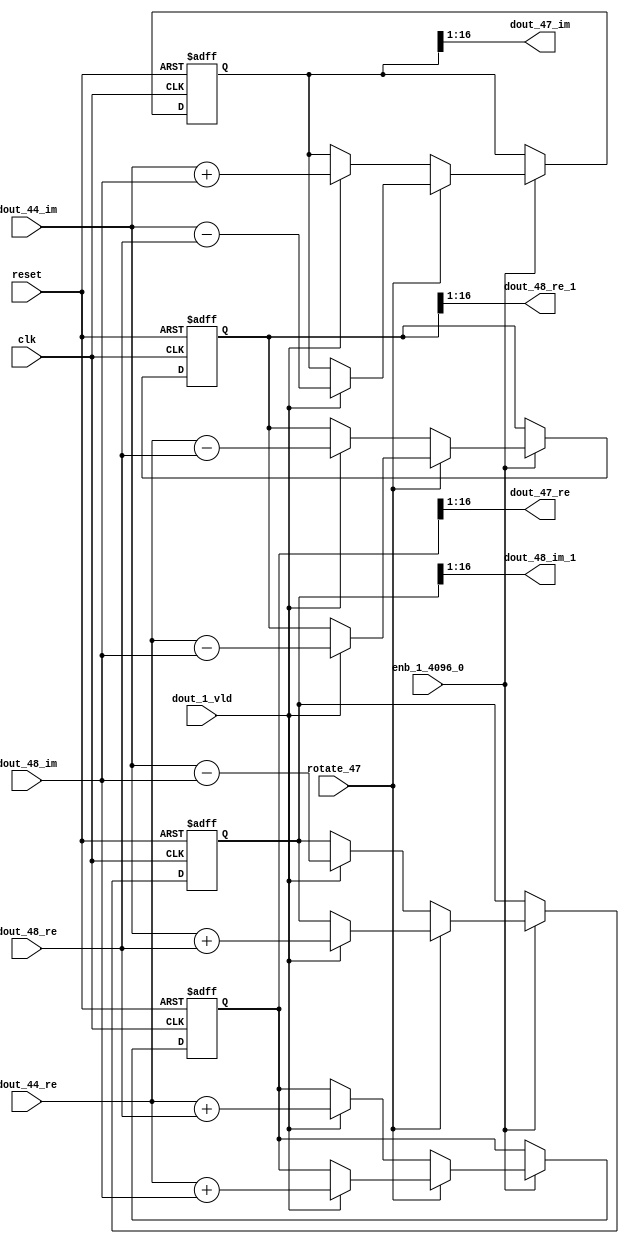
// -------------------------------------------------------------
// 
// 
// Generated by MATLAB 9.14 and HDL Coder 4.1
// 
// -------------------------------------------------------------


// -------------------------------------------------------------
// 
// Module: RADIX22FFT_SDNF2_6_block22
// Source Path: dsphdl.IFFT/RADIX22FFT_SDNF2_6
// Hierarchy Level: 4
// 
// -------------------------------------------------------------

`timescale 1 ns / 1 ns

module RADIX22FFT_SDNF2_6_block22
          (clk,
           reset,
           enb_1_4096_0,
           rotate_47,
           dout_44_re,
           dout_44_im,
           dout_48_re,
           dout_48_im,
           dout_1_vld,
           dout_47_re,
           dout_47_im,
           dout_48_re_1,
           dout_48_im_1);


  input   clk;
  input   reset;
  input   enb_1_4096_0;
  input   rotate_47;  // ufix1
  input   signed [15:0] dout_44_re;  // sfix16_En14
  input   signed [15:0] dout_44_im;  // sfix16_En14
  input   signed [15:0] dout_48_re;  // sfix16_En14
  input   signed [15:0] dout_48_im;  // sfix16_En14
  input   dout_1_vld;
  output  signed [15:0] dout_47_re;  // sfix16_En14
  output  signed [15:0] dout_47_im;  // sfix16_En14
  output  signed [15:0] dout_48_re_1;  // sfix16_En14
  output  signed [15:0] dout_48_im_1;  // sfix16_En14


  reg  Radix22ButterflyG2_NF_din_vld_dly;
  reg signed [16:0] Radix22ButterflyG2_NF_btf1_re_reg;  // sfix17
  reg signed [16:0] Radix22ButterflyG2_NF_btf1_im_reg;  // sfix17
  reg signed [16:0] Radix22ButterflyG2_NF_btf2_re_reg;  // sfix17
  reg signed [16:0] Radix22ButterflyG2_NF_btf2_im_reg;  // sfix17
  reg  Radix22ButterflyG2_NF_din_vld_dly_next;
  reg signed [16:0] Radix22ButterflyG2_NF_btf1_re_reg_next;  // sfix17_En14
  reg signed [16:0] Radix22ButterflyG2_NF_btf1_im_reg_next;  // sfix17_En14
  reg signed [16:0] Radix22ButterflyG2_NF_btf2_re_reg_next;  // sfix17_En14
  reg signed [16:0] Radix22ButterflyG2_NF_btf2_im_reg_next;  // sfix17_En14
  reg signed [15:0] dout_47_re_1;  // sfix16_En14
  reg signed [15:0] dout_47_im_1;  // sfix16_En14
  reg signed [15:0] dout_48_re_2;  // sfix16_En14
  reg signed [15:0] dout_48_im_2;  // sfix16_En14
  reg  dout_6_vld;
  reg signed [16:0] Radix22ButterflyG2_NF_add_cast;  // sfix17_En14
  reg signed [16:0] Radix22ButterflyG2_NF_add_cast_0;  // sfix17_En14
  reg signed [16:0] Radix22ButterflyG2_NF_add_cast_1;  // sfix17_En14
  reg signed [16:0] Radix22ButterflyG2_NF_add_cast_2;  // sfix17_En14
  reg signed [16:0] Radix22ButterflyG2_NF_sub_cast;  // sfix17_En14
  reg signed [16:0] Radix22ButterflyG2_NF_sub_cast_0;  // sfix17_En14
  reg signed [16:0] Radix22ButterflyG2_NF_sub_cast_1;  // sfix17_En14
  reg signed [16:0] Radix22ButterflyG2_NF_sub_cast_2;  // sfix17_En14
  reg signed [16:0] Radix22ButterflyG2_NF_sra_temp;  // sfix17_En14
  reg signed [16:0] Radix22ButterflyG2_NF_add_cast_3;  // sfix17_En14
  reg signed [16:0] Radix22ButterflyG2_NF_add_cast_4;  // sfix17_En14
  reg signed [16:0] Radix22ButterflyG2_NF_add_cast_5;  // sfix17_En14
  reg signed [16:0] Radix22ButterflyG2_NF_add_cast_6;  // sfix17_En14
  reg signed [16:0] Radix22ButterflyG2_NF_sra_temp_0;  // sfix17_En14
  reg signed [16:0] Radix22ButterflyG2_NF_sub_cast_3;  // sfix17_En14
  reg signed [16:0] Radix22ButterflyG2_NF_sub_cast_4;  // sfix17_En14
  reg signed [16:0] Radix22ButterflyG2_NF_sub_cast_5;  // sfix17_En14
  reg signed [16:0] Radix22ButterflyG2_NF_sub_cast_6;  // sfix17_En14
  reg signed [16:0] Radix22ButterflyG2_NF_sra_temp_1;  // sfix17_En14
  reg signed [16:0] Radix22ButterflyG2_NF_sra_temp_2;  // sfix17_En14


  // Radix22ButterflyG2_NF
  always @(posedge clk or posedge reset)
    begin : Radix22ButterflyG2_NF_process
      if (reset == 1'b1) begin
        Radix22ButterflyG2_NF_din_vld_dly <= 1'b0;
        Radix22ButterflyG2_NF_btf1_re_reg <= 17'sb00000000000000000;
        Radix22ButterflyG2_NF_btf1_im_reg <= 17'sb00000000000000000;
        Radix22ButterflyG2_NF_btf2_re_reg <= 17'sb00000000000000000;
        Radix22ButterflyG2_NF_btf2_im_reg <= 17'sb00000000000000000;
      end
      else begin
        if (enb_1_4096_0) begin
          Radix22ButterflyG2_NF_din_vld_dly <= Radix22ButterflyG2_NF_din_vld_dly_next;
          Radix22ButterflyG2_NF_btf1_re_reg <= Radix22ButterflyG2_NF_btf1_re_reg_next;
          Radix22ButterflyG2_NF_btf1_im_reg <= Radix22ButterflyG2_NF_btf1_im_reg_next;
          Radix22ButterflyG2_NF_btf2_re_reg <= Radix22ButterflyG2_NF_btf2_re_reg_next;
          Radix22ButterflyG2_NF_btf2_im_reg <= Radix22ButterflyG2_NF_btf2_im_reg_next;
        end
      end
    end

  always @(Radix22ButterflyG2_NF_btf1_im_reg, Radix22ButterflyG2_NF_btf1_re_reg,
       Radix22ButterflyG2_NF_btf2_im_reg, Radix22ButterflyG2_NF_btf2_re_reg,
       Radix22ButterflyG2_NF_din_vld_dly, dout_1_vld, dout_44_im, dout_44_re,
       dout_48_im, dout_48_re, rotate_47) begin
    Radix22ButterflyG2_NF_add_cast_1 = 17'sb00000000000000000;
    Radix22ButterflyG2_NF_add_cast_2 = 17'sb00000000000000000;
    Radix22ButterflyG2_NF_sub_cast_1 = 17'sb00000000000000000;
    Radix22ButterflyG2_NF_sub_cast_2 = 17'sb00000000000000000;
    Radix22ButterflyG2_NF_add_cast_5 = 17'sb00000000000000000;
    Radix22ButterflyG2_NF_add_cast_6 = 17'sb00000000000000000;
    Radix22ButterflyG2_NF_sub_cast_5 = 17'sb00000000000000000;
    Radix22ButterflyG2_NF_sub_cast_6 = 17'sb00000000000000000;
    Radix22ButterflyG2_NF_add_cast = 17'sb00000000000000000;
    Radix22ButterflyG2_NF_add_cast_0 = 17'sb00000000000000000;
    Radix22ButterflyG2_NF_sub_cast = 17'sb00000000000000000;
    Radix22ButterflyG2_NF_sub_cast_0 = 17'sb00000000000000000;
    Radix22ButterflyG2_NF_add_cast_3 = 17'sb00000000000000000;
    Radix22ButterflyG2_NF_add_cast_4 = 17'sb00000000000000000;
    Radix22ButterflyG2_NF_sub_cast_3 = 17'sb00000000000000000;
    Radix22ButterflyG2_NF_sub_cast_4 = 17'sb00000000000000000;
    Radix22ButterflyG2_NF_btf1_re_reg_next = Radix22ButterflyG2_NF_btf1_re_reg;
    Radix22ButterflyG2_NF_btf1_im_reg_next = Radix22ButterflyG2_NF_btf1_im_reg;
    Radix22ButterflyG2_NF_btf2_re_reg_next = Radix22ButterflyG2_NF_btf2_re_reg;
    Radix22ButterflyG2_NF_btf2_im_reg_next = Radix22ButterflyG2_NF_btf2_im_reg;
    Radix22ButterflyG2_NF_din_vld_dly_next = dout_1_vld;
    if (rotate_47 != 1'b0) begin
      if (dout_1_vld) begin
        Radix22ButterflyG2_NF_add_cast_1 = {dout_44_re[15], dout_44_re};
        Radix22ButterflyG2_NF_add_cast_2 = {dout_48_im[15], dout_48_im};
        Radix22ButterflyG2_NF_btf1_re_reg_next = Radix22ButterflyG2_NF_add_cast_1 + Radix22ButterflyG2_NF_add_cast_2;
        Radix22ButterflyG2_NF_sub_cast_1 = {dout_44_re[15], dout_44_re};
        Radix22ButterflyG2_NF_sub_cast_2 = {dout_48_im[15], dout_48_im};
        Radix22ButterflyG2_NF_btf2_re_reg_next = Radix22ButterflyG2_NF_sub_cast_1 - Radix22ButterflyG2_NF_sub_cast_2;
        Radix22ButterflyG2_NF_add_cast_5 = {dout_44_im[15], dout_44_im};
        Radix22ButterflyG2_NF_add_cast_6 = {dout_48_re[15], dout_48_re};
        Radix22ButterflyG2_NF_btf2_im_reg_next = Radix22ButterflyG2_NF_add_cast_5 + Radix22ButterflyG2_NF_add_cast_6;
        Radix22ButterflyG2_NF_sub_cast_5 = {dout_44_im[15], dout_44_im};
        Radix22ButterflyG2_NF_sub_cast_6 = {dout_48_re[15], dout_48_re};
        Radix22ButterflyG2_NF_btf1_im_reg_next = Radix22ButterflyG2_NF_sub_cast_5 - Radix22ButterflyG2_NF_sub_cast_6;
      end
    end
    else if (dout_1_vld) begin
      Radix22ButterflyG2_NF_add_cast = {dout_44_re[15], dout_44_re};
      Radix22ButterflyG2_NF_add_cast_0 = {dout_48_re[15], dout_48_re};
      Radix22ButterflyG2_NF_btf1_re_reg_next = Radix22ButterflyG2_NF_add_cast + Radix22ButterflyG2_NF_add_cast_0;
      Radix22ButterflyG2_NF_sub_cast = {dout_44_re[15], dout_44_re};
      Radix22ButterflyG2_NF_sub_cast_0 = {dout_48_re[15], dout_48_re};
      Radix22ButterflyG2_NF_btf2_re_reg_next = Radix22ButterflyG2_NF_sub_cast - Radix22ButterflyG2_NF_sub_cast_0;
      Radix22ButterflyG2_NF_add_cast_3 = {dout_44_im[15], dout_44_im};
      Radix22ButterflyG2_NF_add_cast_4 = {dout_48_im[15], dout_48_im};
      Radix22ButterflyG2_NF_btf1_im_reg_next = Radix22ButterflyG2_NF_add_cast_3 + Radix22ButterflyG2_NF_add_cast_4;
      Radix22ButterflyG2_NF_sub_cast_3 = {dout_44_im[15], dout_44_im};
      Radix22ButterflyG2_NF_sub_cast_4 = {dout_48_im[15], dout_48_im};
      Radix22ButterflyG2_NF_btf2_im_reg_next = Radix22ButterflyG2_NF_sub_cast_3 - Radix22ButterflyG2_NF_sub_cast_4;
    end
    Radix22ButterflyG2_NF_sra_temp = Radix22ButterflyG2_NF_btf1_re_reg >>> 8'd1;
    dout_47_re_1 = Radix22ButterflyG2_NF_sra_temp[15:0];
    Radix22ButterflyG2_NF_sra_temp_0 = Radix22ButterflyG2_NF_btf1_im_reg >>> 8'd1;
    dout_47_im_1 = Radix22ButterflyG2_NF_sra_temp_0[15:0];
    Radix22ButterflyG2_NF_sra_temp_1 = Radix22ButterflyG2_NF_btf2_re_reg >>> 8'd1;
    dout_48_re_2 = Radix22ButterflyG2_NF_sra_temp_1[15:0];
    Radix22ButterflyG2_NF_sra_temp_2 = Radix22ButterflyG2_NF_btf2_im_reg >>> 8'd1;
    dout_48_im_2 = Radix22ButterflyG2_NF_sra_temp_2[15:0];
    dout_6_vld = Radix22ButterflyG2_NF_din_vld_dly;
  end



  assign dout_47_re = dout_47_re_1;

  assign dout_47_im = dout_47_im_1;

  assign dout_48_re_1 = dout_48_re_2;

  assign dout_48_im_1 = dout_48_im_2;

endmodule  // RADIX22FFT_SDNF2_6_block22